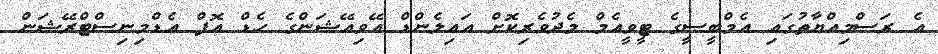
އެ ރަސްމިއްޔާތުގައި އެމްބީސީގެ ޓީވީއެމް މެދުވެރިކޮށް އައިލެންޑް އޭވިއޭޝަންގެ ހެޑް އޮފް އެޑްމިނިސްޓްރޭޝަން